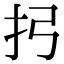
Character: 㧈